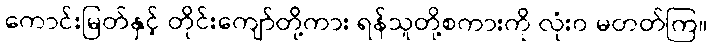
ကောင်းမြတ်နှင့် တိုင်းကျော်တို့ကား ရန်သူတို့စကားကို လုံးဝ မတတ်ကြ။